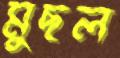
মুছল